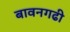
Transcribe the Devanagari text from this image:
बावनगढी